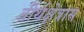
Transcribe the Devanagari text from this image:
तीर्थक्षेत्रास